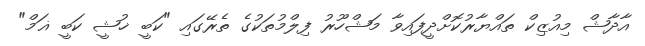
އާދާޝް މިއުޒިކް ތައްޔާރުކޮށްދީފައިވާ މަޝްހޫރު ފިލްމުތަކުގެ ތެރޭގައި "ކަބީ ޚުޝީ ކަބީ ޣަމް"